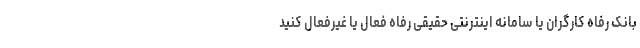
بانک رفاه کارگران یا سامانه اینترنتی حقیقی رفاه فعال یا غیرفعال کنید